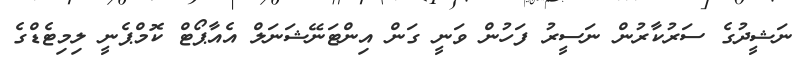
ނަޝީދުގެ ސަރުކާރުން ނަސީރު ފަހުން ވަނީ ގަން އިންޓަނޭޝަނަލް އެއާޕޯޓް ކޮމްޕެނީ ލިމިޓެޑްގެ